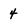
Character: 4